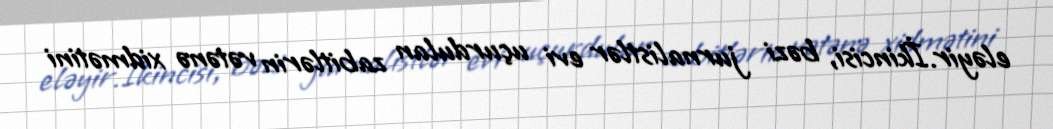
eləyir.İkincisi, bəzi jurnalistlər evi uçurdulan zabitlərin vətənə xidmətini